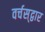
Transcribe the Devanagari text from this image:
वर्चस्‌द्वार